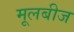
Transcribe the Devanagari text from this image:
मूलबीज